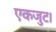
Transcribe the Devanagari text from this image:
एकजुट।